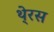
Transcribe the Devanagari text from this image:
थे्रस